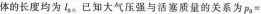
体的长度均为lo。已知大气压强与活塞质量的关系为$$p a =